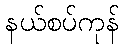
နယ်စပ်ကုန်